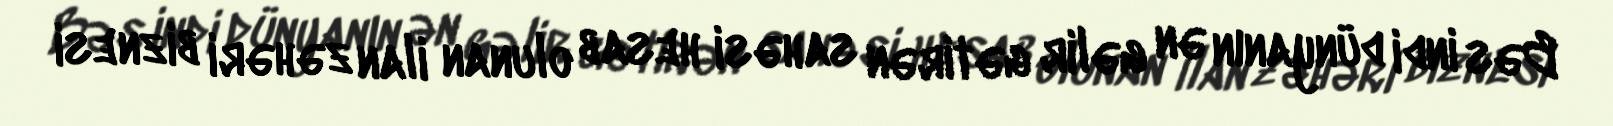
Bəs indi dünyanın ən gəlir gətirən sahəsi hesab olunan ilan zəhəri biznesi